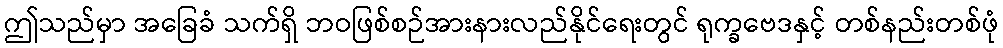
ဤသည်မှာ အခြေခံ သက်ရှိ ဘဝဖြစ်စဉ်အားနားလည်နိုင်ရေးတွင် ရုက္ခဗေဒနှင့် တစ်နည်းတစ်ဖုံ